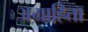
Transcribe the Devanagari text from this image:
अग्राहिता